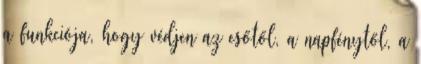
a funkciója, hogy védjen az esőtől, a napfénytől, a